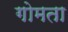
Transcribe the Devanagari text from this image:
गोमता